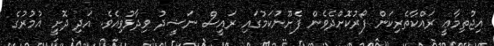
އިޖުތިމާޢީ ރައްކާތެރިކަން ފޯރުކޮށްދެވެން ފެށޫނުކަމުގައި ރައީސް ނަޝީދު ވިދާޅުވިއެވެ. އަދި ދޮށީ އުމުރުގެ